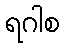
ရဂါစ